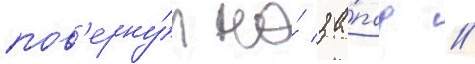
пов'ерну́л на́ за́пад //